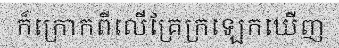
ក៏ក្រោកពីលើគ្រែក្រឡេកឃើញ